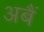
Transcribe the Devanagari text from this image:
अबैं